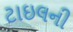
ટાઇલની